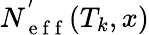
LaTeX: N_{\mathrm{~e~f~f~}}^{'}(T_{k},x)